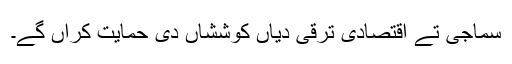
سماجی تے اقتصادی ترقی دیاں کوششاں دی حمایت کراں گے۔